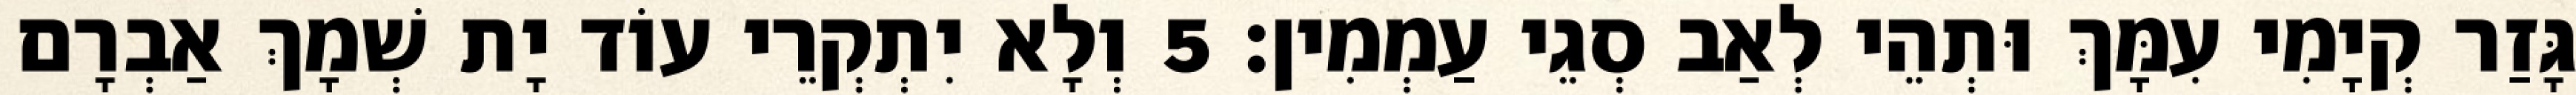
גָּזַר קְיָמִי עִמָּךְ וּתְהֵי לְאַב סְגֵי עַמְמִין׃ 5 וְלָא יִתְקְרֵי עוֹד יָת שְׁמָךְ אַבְרָם